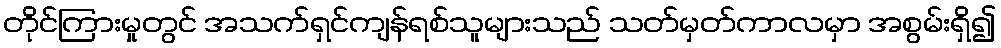
တိုင်ကြားမှုတွင် အသက်ရှင်ကျန်ရစ်သူများသည် သတ်မှတ်ကာလမှာ အစွမ်းရှိ၍